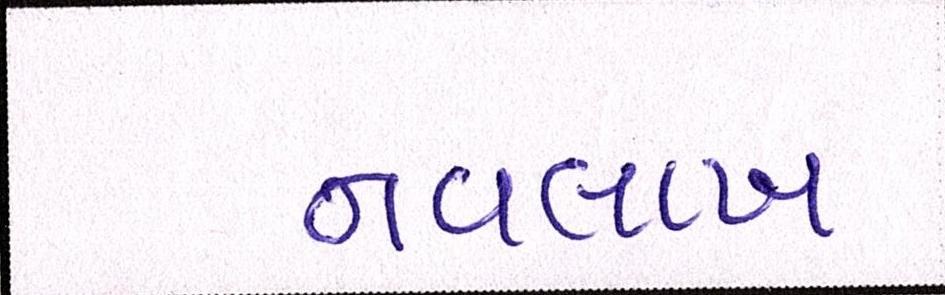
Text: નવલાખ